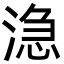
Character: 㴔